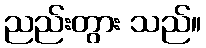
ညည်းတွား သည်။